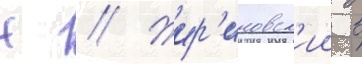
Н // Жир'иновск'ии в